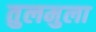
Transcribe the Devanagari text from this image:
तुलमुला